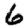
Digit: 6